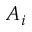
A _ { i }